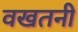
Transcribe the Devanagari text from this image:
वखतनी